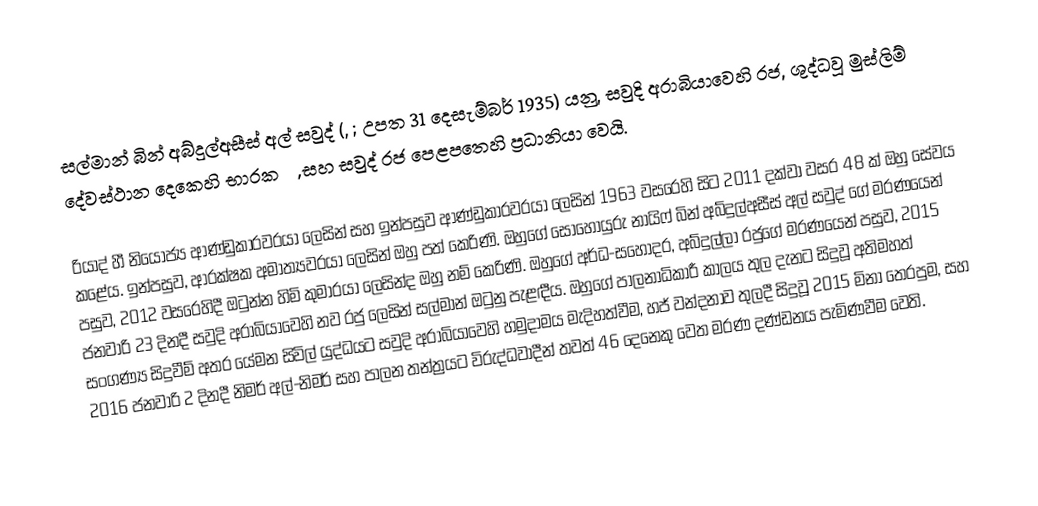
සල්මාන් බින් අබ්දුල්අසීස් අල් සවුද් (, ; උපත 31 දෙසැම්බර් 1935) යනු, සවුදි අරාබියාවෙහි රජ, ශුද්ධවූ මුස්ලිම් දේවස්ථාන දෙකෙහි භාරකරු, සහ සවුද් රජ පෙළපතෙහි ප්‍රධානියා වෙයි.

රියාද් හී නියෝජ්‍ය ආණ්ඩුකාරවරයා ලෙසින් සහ ඉන්පසුව ආණ්ඩුකාරවරයා ලෙසින් 1963 වසරෙහි සිට 2011 දක්වා වසර 48 ක් ඔහු සේවය කළේය. ඉන්පසුව, ආරක්ෂක අමාත්‍යවරයා ලෙසින් ඔහු පත් කෙරිණි. ඔහුගේ සොහොයුරු නායිෆ් බින් අබ්දුල්අසීස් අල් සවුද් ගේ මරණයෙන් පසුව, 2012 වසරෙහිදී  ඔටුන්න හිමි කුමාරයා ලෙසින්ද ඔහු නම් කෙරිණි. ඔහුගේ අර්ධ-සහෝදර, අබ්දුල්ලා රජුගේ මරණයෙන් පසුව, 2015 ජනවාරි 23 දිනදී සවුදි අරාබියාවෙහි නව රජු ලෙසින් සල්මාන් ඔටුනු පැළඳීය. ඔහුගේ පාලනාධිකාරී කාලය තුල දැනට සිදුවූ අතිමහත් සංගණ්‍ය සිදුවීම් අතර යේමන සිවිල් යුද්ධයට සවුදි අරාබියාවෙහි හමුදාමය මැදිහත්වීම, හජ් වන්දනාව තුලදී සිදුවූ 2015 මිනා තෙරපුම, සහ 2016 ජනවාරි 2 දිනදී නිමර් අල්-නිමර් සහ  පාලන තන්ත්‍රයට විරුද්ධවාදීන් තවත් 46 දෙනෙකු වෙත   මරණ දණ්ඩනය පැමිණවීම වෙති.